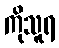
ကိုသူရ